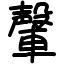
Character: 䡰